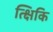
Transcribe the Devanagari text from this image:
त्क्षिकि